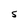
Character: S